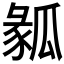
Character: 𤬌